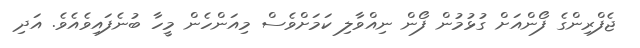
ޖެފްރިންގެ ފޯންއަށް ގުޅުމުން ފޯން ނިއްވާލި ކަމަށްވެސް މިއަންހެން މީހާ ބުނެފައިވެއެވެ. އަދި